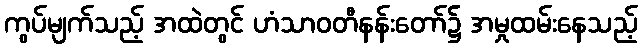
ကွပ်မျက်သည့် အထဲတွင် ဟံသာဝတီနန်းတော်၌ အမှုထမ်းနေသည့်